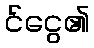
င်ငွေ၏